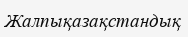
Жалпықазақстандық